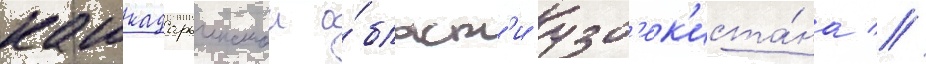
кашкадарьинскои о́бласт'и узб'ек'иста́на //